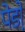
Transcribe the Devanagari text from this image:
पेडो़